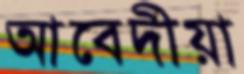
আবেদীয়া